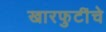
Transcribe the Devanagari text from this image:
खारफुटींचे